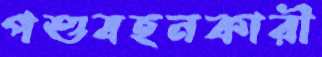
পশুবহনকারী